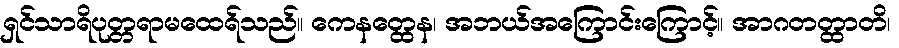
ရှင်သာရိပုတ္တရာမထေရ်သည်။ ကေနတ္ထေန၊ အဘယ်အကြောင်းကြောင့်။ အာဂတတ္ထာတိ၊